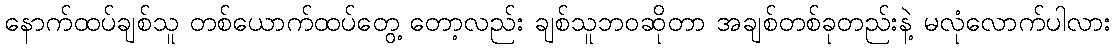
နောက်ထပ်ချစ်သူ တစ်ယောက်ထပ်တွေ့ တော့လည်း ချစ်သူဘဝဆိုတာ အချစ်တစ်ခုတည်းနဲ့ မလုံလောက်ပါလား